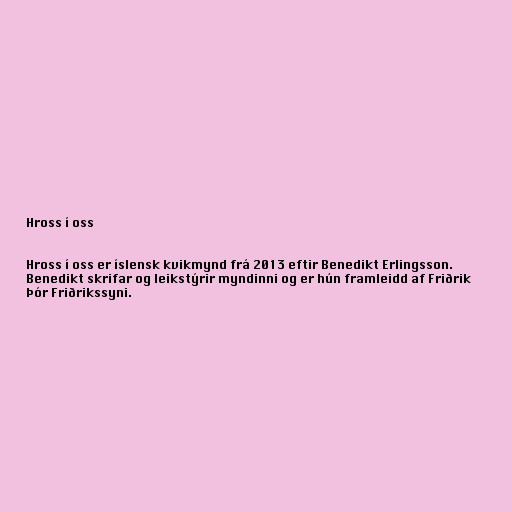
Hross í oss

Hross í oss er íslensk kvikmynd frá 2013 eftir Benedikt Erlingsson.
Benedikt skrifar og leikstýrir myndinni og er hún framleidd af Friðrik
Þór Friðrikssyni.